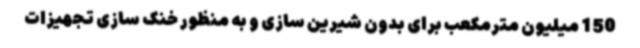
150 میلیون مترمکعب برای بدون شیرین سازی و به منظور خنک سازی تجهیزات